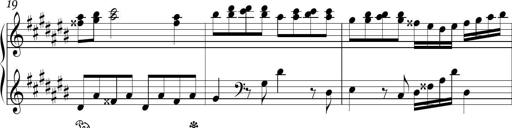
Title: Ten Piano Sonatinas
Composer: Andreas Sain